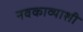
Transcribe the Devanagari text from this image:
नवकाव्याशी